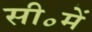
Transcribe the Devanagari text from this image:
सी॰में